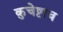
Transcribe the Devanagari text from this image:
कुचेष्टाच